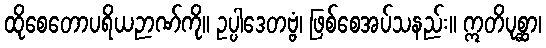
ထိုစေတောပရိယဉာဏ်ကို။ ဥပ္ပါဒေတဗ္ဗံ၊ ဖြစ်စေအပ်သနည်း။ ဣတိပုစ္ဆာ၊